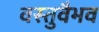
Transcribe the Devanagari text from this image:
वस्तुवैभव